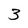
Character: 3